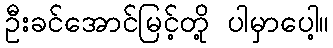
ဦးခင်အောင်မြင့်တို့ ပါမှာပေါ့။